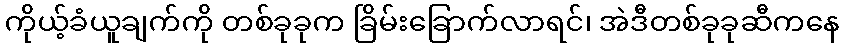
ကိုယ့်ခံယူချက်ကို တစ်ခုခုက ခြိမ်းခြောက်လာရင်၊ အဲဒီတစ်ခုခုဆီကနေ